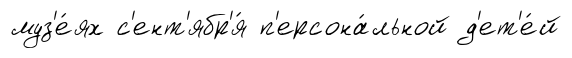
муз'е́ях с'ент'ябр'я́ п'ерсона́льной д'ет'е́й